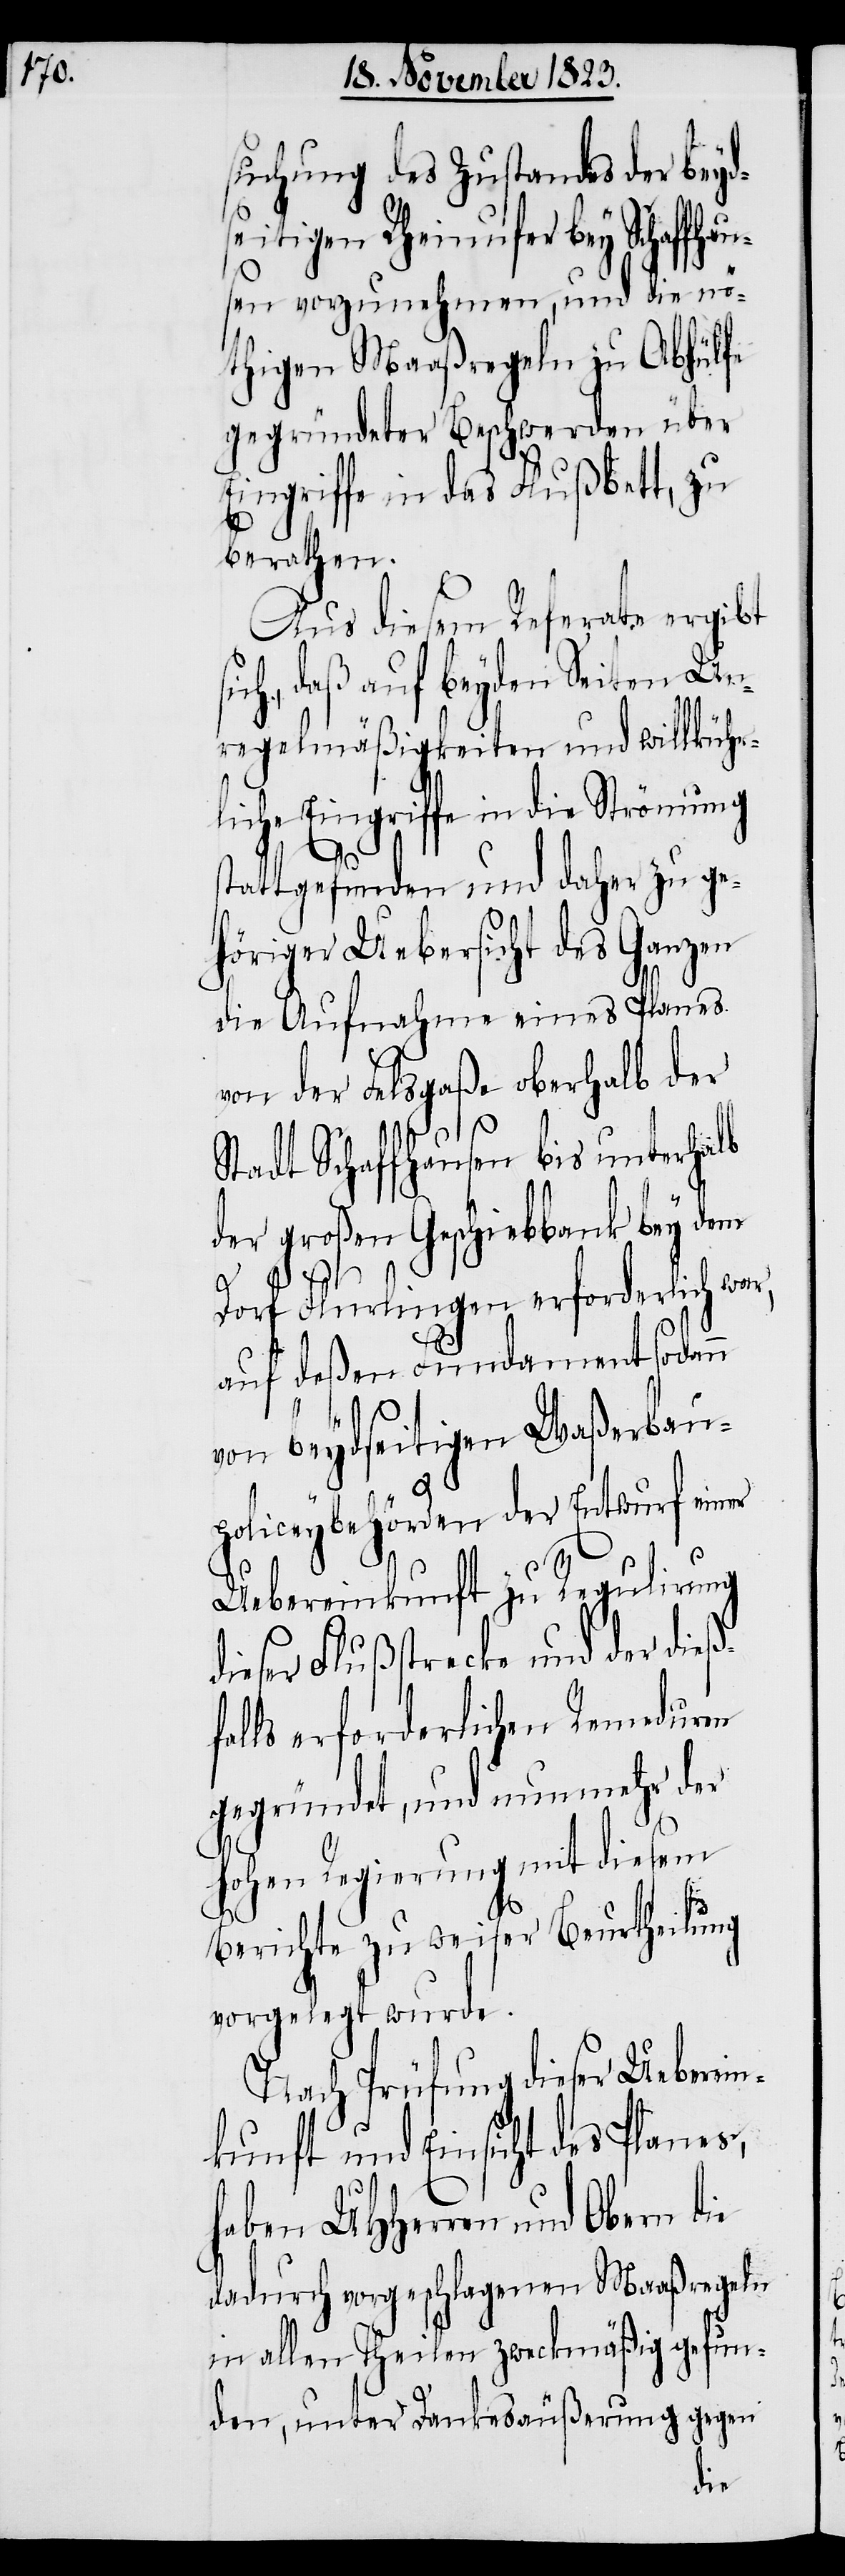
suchung des Zustandes der beyd¬
seitigen Rheinufer bey Schaffha¬
usen vorzunehmen, und die nö¬
thigen Maaßregeln zu Abhülfe
gegründeter Beschwerden über
Eingriffe in das Flußbett, zu
berathen.
Aus diesem Referate ergibt
ich, daß auf beyden Seiten Un¬
regelmäßigkeiten und willkühr¬
liche Eingriffe in die Strömung
stattgefunden und daher zu ge¬
höriger Uebersicht des Ganzen
die Aufnahme eines Planes
von der Felsgaße oberhalb der
Stadt Schaffhausen bis unterhalb
der großen Geschiebbank bey dem
Dorf Flurlingen erforderlich war,
auf deßen Fundament sodann
s¬
von beydseitigen Waßerbau¬
policeybehörden der Entwurf einer
Uebereinkunft zu Regulirung
dieser Flußstrecke und der dieß¬
falls erforderlichen Remeduren
gegründet, und nunmehr der
hohen Regierung mit diesem
Berichte zu weiser Beurtheilung
vorgelegt wurde.
Nach Prüfung dieser Ueberein¬
kunft und Einsicht des Planes,
haben UHHerren und Obern die
dadurch vorgeschlagenen Maaßregeln
in allen Theilen zweckmäßig gefun¬
den, unter Dankesäußerung gegen